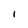
Character: i